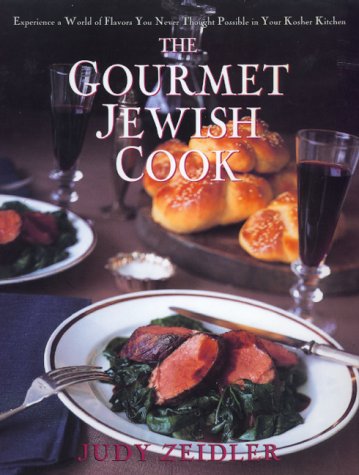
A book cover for The Gourmet Jewish Cook; Judy Zeidler; Cookbooks, Food & Wine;